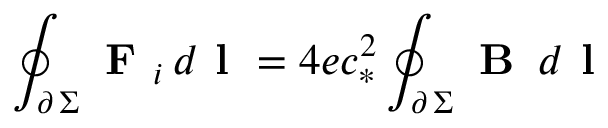
\oint _ { \scriptstyle \partial \, \Sigma } \textbf { F } _ { i } \, d \textbf { l } = 4 e c _ { * } ^ { 2 } \oint _ { \scriptstyle \partial \, \Sigma } \textbf { B } \, d \textbf { l }